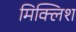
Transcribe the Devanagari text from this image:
मिक्लिश